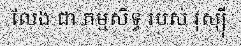
លែង ជា កម្មសិទ្ធ របស់ រុស្ស៊ី